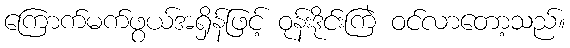
ကြောက်မက်ဖွယ်အရှိန်ဖြင့် ဝုန်းဒိုင်းကြဲ ဝင်လာတော့သည်။